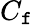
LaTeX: C_{\mathtt{f}}